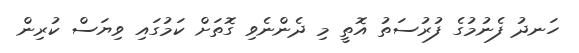
ހަނދު ފެނުމުގެ ފުރުސަތު އޮތީ މި ދެންނެވި ގޮތަށް ކަމުގައި ވިޔަސް ކުރިން